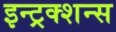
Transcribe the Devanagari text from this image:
इन्ट्रक्शन्स